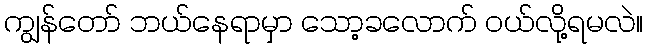
ကျွန်တော် ဘယ်နေရာမှာ သော့ခလောက် ဝယ်လို့ရမလဲ။